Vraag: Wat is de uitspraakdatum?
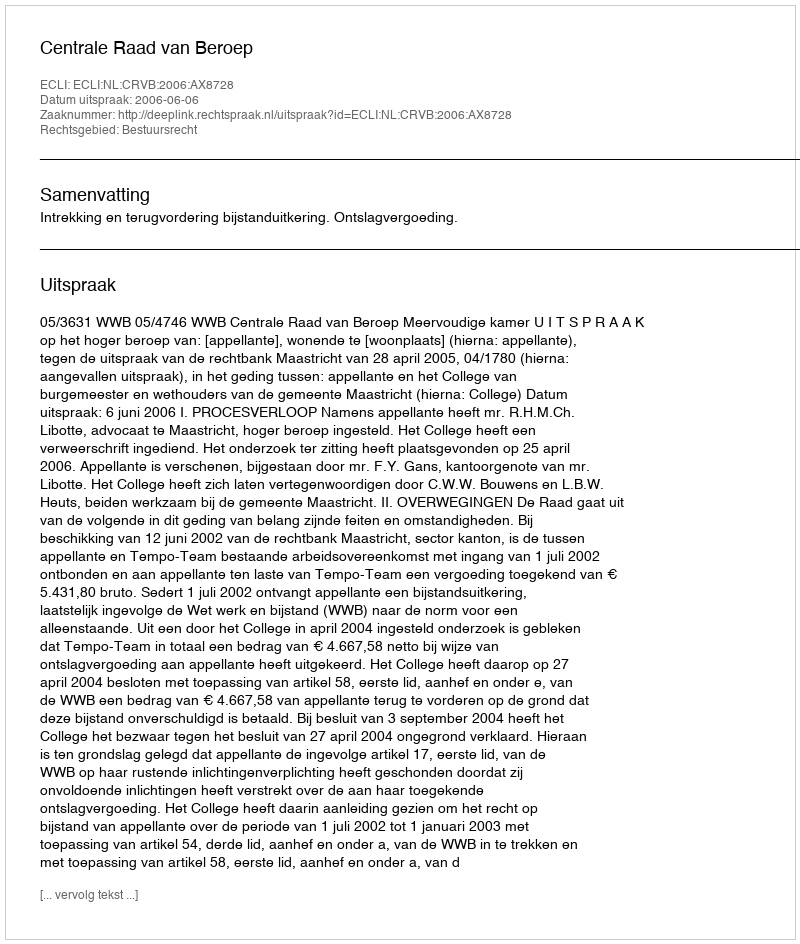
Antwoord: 2006-06-06